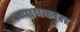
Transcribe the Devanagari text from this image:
पायकारा